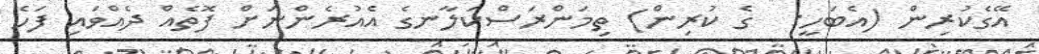
އޭގެކުރިން (އެބަހީ:  ގެ ކުރިން) ތިމަންރަސްކަލާނގެ އެއުރެންނަށް ފޮތެއް ދެއްވައި ފަހެ